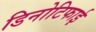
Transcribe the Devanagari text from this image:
डिनोटिफाई